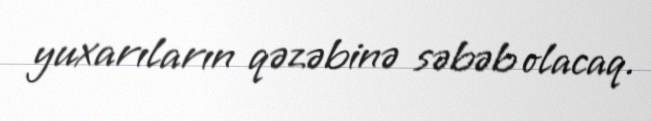
yuxarıların qəzəbinə səbəb olacaq.